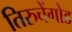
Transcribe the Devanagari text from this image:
तिरुचेंगोड